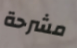
مشرحة